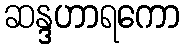
ဆန္ဒဟာရကော